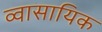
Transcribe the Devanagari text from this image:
व्वासायिक